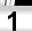
Digit: 1